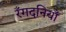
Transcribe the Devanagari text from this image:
रँगदनियाँ